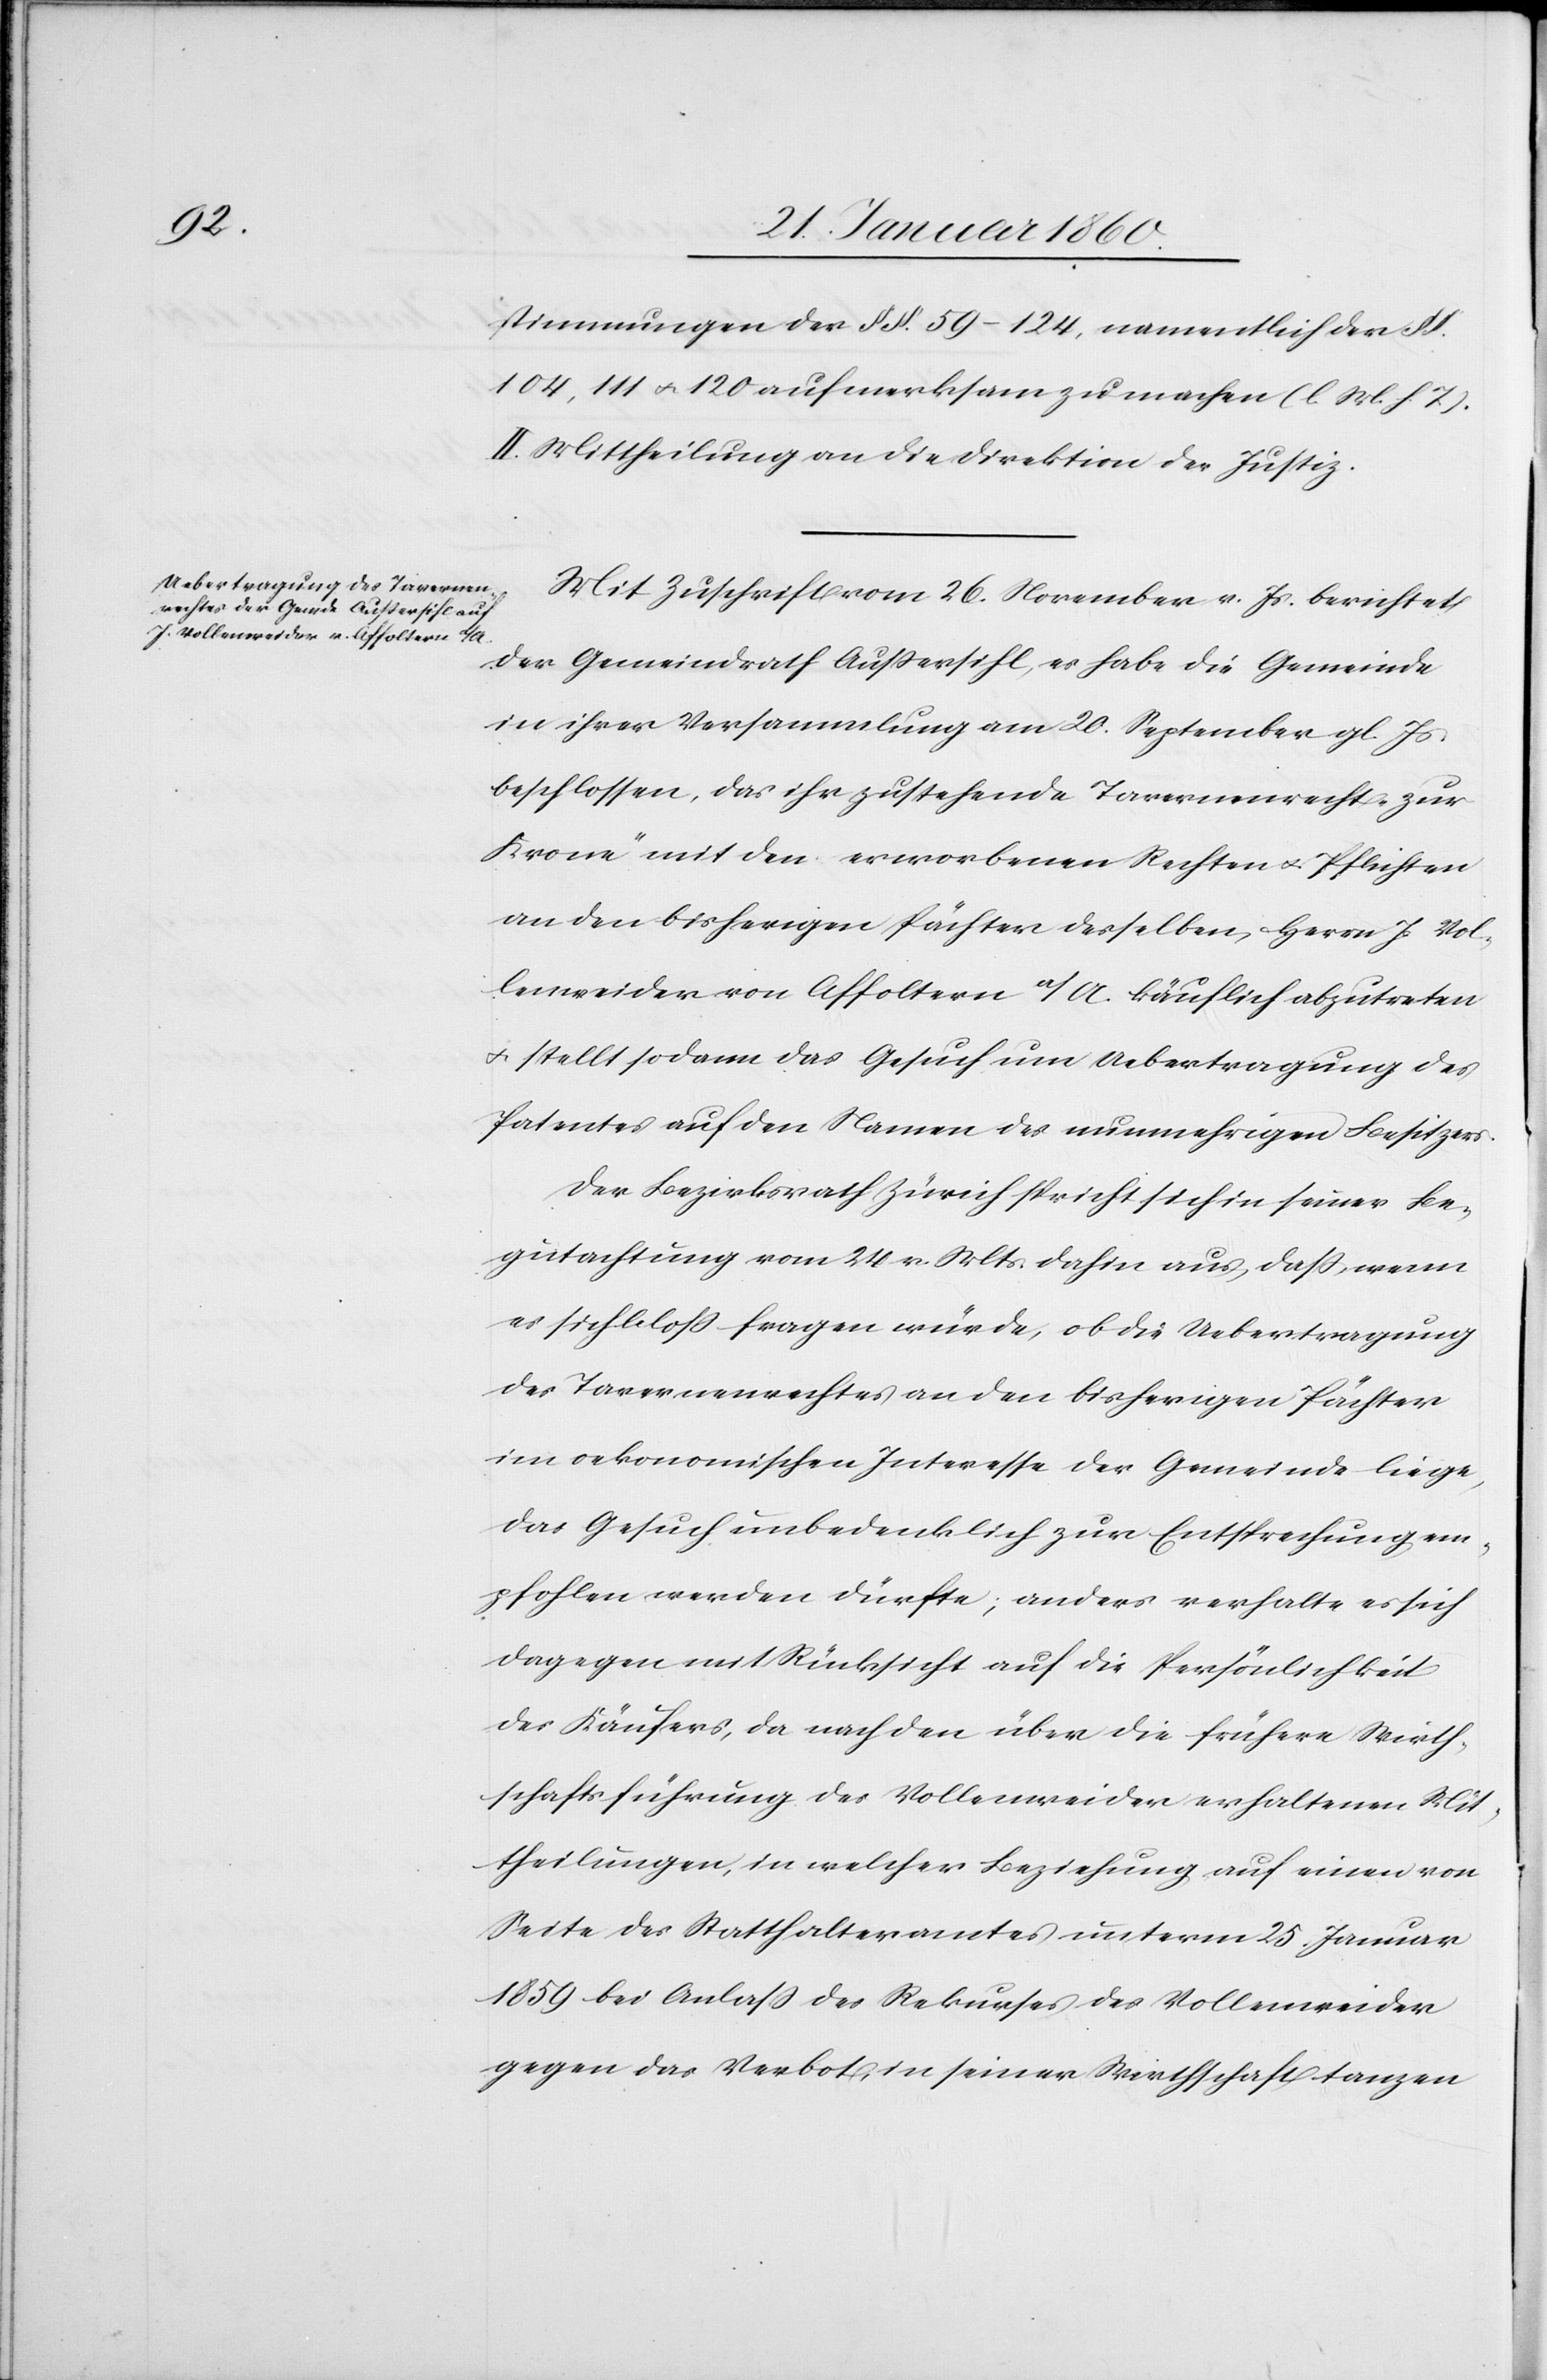
stimmungen der §§. 59–124. nementlich
104, 111 u. 120 aufmerksam zu machen [l. M. v. h. T].
II. Mittheilung an die Direktion der Justiz.
Mit Zuschrift vom 26. November v. Js. berichtet
der Gemeindrath Außersihl, es habe die Gemeinde
in ihrer Versammlung am 20. September gl. Js.
beschlossen, das ihr zustehende Tavernenrecht „Zur
Krone“ mit den erworbenen Rechten u. Pflichten
an den bisherigen Pächter derselben, Herrn J. Vol¬
lenweider von Affoltern a./A käuflich abzutreten
u. stellt sodann das Gesuch um Uebertragung des
Patentes auf den Namen des nunmehrigen Besitzers.
Der Bezirksrath Zürich spricht sich in seiner Be¬
gutachtung vom 24. v. Mts. dahin aus, daß, wenn
er sich bloß fragen würde, ob die Uebertragung
des Tavernenrechtes an den bisherigen Pächter
im oekonomischen Interesse der Gemeinde liege,
das Gesuch unbedenklich zur Entsprechung em¬
pfohlen werden dürfte, anders verhalte es sich
dagegen mit Rücksicht auf die Persönlichkeit
des Käufers, da nach den über die frühere Wirth¬
schaftsführung des Vollenweider erhaltenen Mit¬
theilungen, in welcher Beziehung auf einen von
Seite des Statthalteramtes unterm 25. Januar
1859 bei Anlaß des Rekurses des Vollenweider
gegen das Verbot, in seiner Wirthschaft tanzen